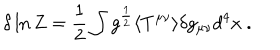
LaTeX: \delta \ln Z = { \frac { 1 } { 2 } } \int g ^ { \frac { 1 } { 2 } } \langle T ^ { \mu \nu } \rangle \delta g _ { \mu \nu } d ^ { 4 } x \space .